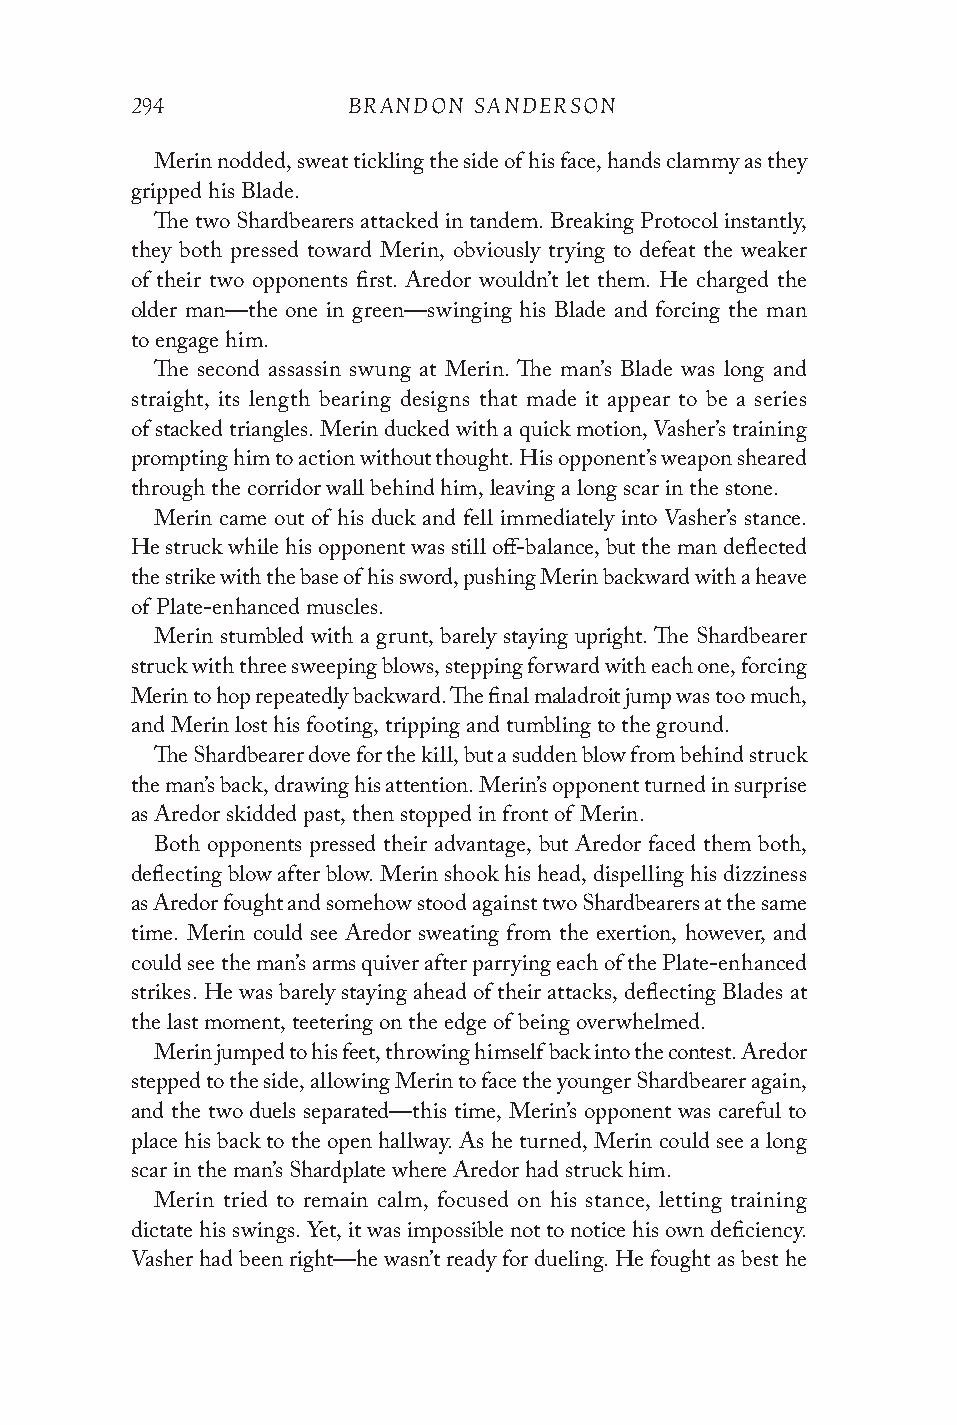
294           BRANDON SANDERSON
 Merin nodded, sweat tickling the side of his face, hands clammy as they
 gripped his Blade.
 The two Shardbearers attacked in tandem. Breaking Protocol instantly,
 they both pressed toward Merin, obviously trying to defeat the weaker
 of their two opponents first. Aredor wouldn’t let them. He charged the
 older man—the one in green—swinging his Blade and forcing the man
 to engage him.
 The second assassin swung at Merin. The man’s Blade was long and
 straight, its length bearing designs that made it appear to be a series
 of stacked triangles. Merin ducked with a quick motion, Vasher’s training
 prompting him to action without thought. His opponent’s weapon sheared
 through the corridor wall behind him, leaving a long scar in the stone.
 Merin came out of his duck and fell immediately into Vasher’s stance.
 He struck while his opponent was still off-balance, but the man deflected
 the strike with the base of his sword, pushing Merin backward with a heave
 of Plate-enhanced muscles.
 Merin stumbled with a grunt, barely staying upright. The Shardbearer
 struck with three sweeping blows, stepping forward with each one, forcing
 Merin to hop repeatedly backward. The final maladroit jump was too much,
 and Merin lost his footing, tripping and tumbling to the ground.
 The Shardbearer dove for the kill, but a sudden blow from behind struck
 the man’s back, drawing his attention. Merin’s opponent turned in surprise
 as Aredor skidded past, then stopped in front of Merin.
 Both opponents pressed their advantage, but Aredor faced them both,
 deflecting blow after blow. Merin shook his head, dispelling his dizziness
 as Aredor fought and somehow stood against two Shardbearers at the same
 time. Merin could see Aredor sweating from the exertion, however, and
 could see the man’s arms quiver after parrying each of the Plate-enhanced
 strikes. He was barely staying ahead of their attacks, deflecting Blades at
 the last moment, teetering on the edge of being overwhelmed.
 Merin jumped to his feet, throwing himself back into the contest. Aredor
 stepped to the side, allowing Merin to face the younger Shardbearer again,
 and the two duels separated—this time, Merin’s opponent was careful to
 place his back to the open hallway. As he turned, Merin could see a long
 scar in the man’s Shardplate where Aredor had struck him.
 Merin tried to remain calm, focused on his stance, letting training
 dictate his swings. Yet, it was impossible not to notice his own deficiency.
 Vasher had been right—he wasn’t ready for dueling. He fought as best he